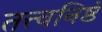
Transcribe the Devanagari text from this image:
तत्त्वनिष्ठं